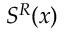
S ^ { R } ( x )